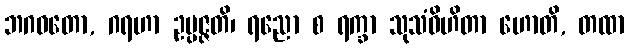
ဘဂဝတော, ဂရဟာ ဥပ္ပဇ္ဇတိ၊ ရညော စ ရက္ခာ သုသံဝိဟိတာ ဟောတိ, တထာ